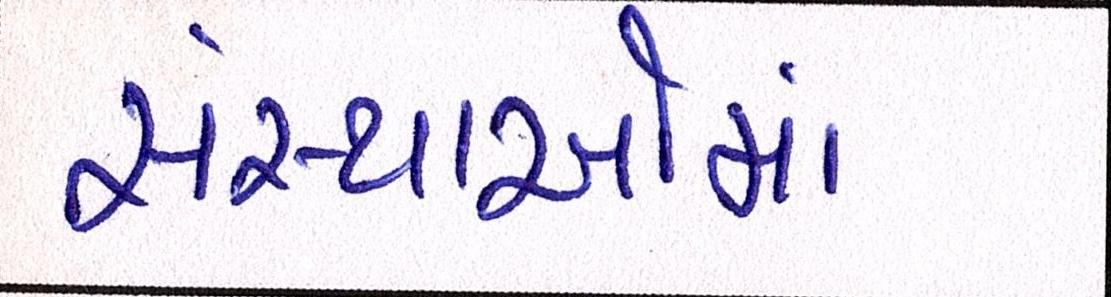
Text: સંસ્થાઓમાં